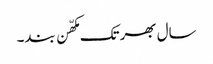
سال بھر تک مکھّن بند۔